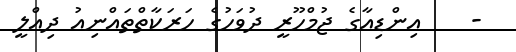
-    އިންޑިއާގެ ޖުމްހޫރީ ދުވަހުގެ ހަރަކާތްތައްނިއު ދިއްލީ